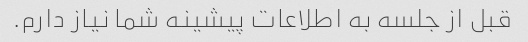
قبل از جلسه به اطلاعات پیشینه شما نیاز دارم.